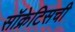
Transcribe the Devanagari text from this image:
सॉक्रेटिसची